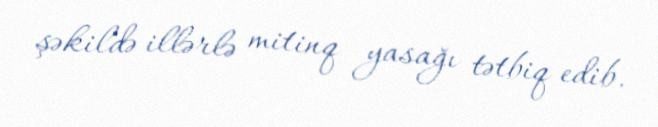
şəkildə illərlə mitinq yasağı tətbiq edib.